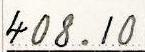
408.10